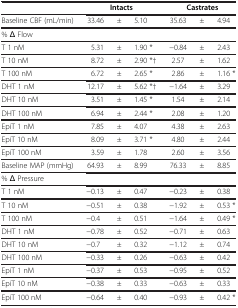
<table><thead><tr><td><b> </b></td><td colspan="3"><b>Intacts</b></td><td colspan="3"><b>Castrates</b></td></tr></thead><tbody><tr><td>Baseline CBF (mL/min)</td><td>33.46</td><td>±</td><td>5.10</td><td>35.63</td><td>±</td><td>4.94</td></tr><tr><td>% Δ Flow</td><td> </td><td> </td><td> </td><td> </td><td> </td><td> </td></tr><tr><td>T 1 nM</td><td>5.31</td><td>±</td><td>1.90 *</td><td>−0.84</td><td>±</td><td>2.43</td></tr><tr><td>T 10 nM</td><td>8.72</td><td>±</td><td>2.90 *†</td><td>2.57</td><td>±</td><td>1.62</td></tr><tr><td>T 100 nM</td><td>6.72</td><td>±</td><td>2.65 *</td><td>2.86</td><td>±</td><td>1.16 *</td></tr><tr><td>DHT 1 nM</td><td>12.17</td><td>±</td><td>5.62 *†</td><td>−1.64</td><td>±</td><td>3.29</td></tr><tr><td>DHT 10 nM</td><td>3.51</td><td>±</td><td>1.45 *</td><td>1.54</td><td>±</td><td>2.14</td></tr><tr><td>DHT 100 nM</td><td>6.94</td><td>±</td><td>2.44 *</td><td>2.08</td><td>±</td><td>1.20</td></tr><tr><td>EpiT 1 nM</td><td>7.85</td><td>±</td><td>4.07</td><td>4.38</td><td>±</td><td>2.63</td></tr><tr><td>EpiT 10 nM</td><td>8.09</td><td>±</td><td>3.71 *</td><td>4.80</td><td>±</td><td>2.44</td></tr><tr><td>EpiT 100 nM</td><td>3.59</td><td>±</td><td>1.78</td><td>2.60</td><td>±</td><td>3.56</td></tr><tr><td>Baseline MAP (mmHg)</td><td>64.93</td><td>±</td><td>8.99</td><td>76.33</td><td>±</td><td>8.85</td></tr><tr><td>% Δ Pressure</td><td> </td><td> </td><td> </td><td> </td><td> </td><td> </td></tr><tr><td>T 1 nM</td><td>−0.13</td><td>±</td><td>0.47</td><td>−0.23</td><td>±</td><td>0.38</td></tr><tr><td>T 10 nM</td><td>−0.51</td><td>±</td><td>0.38</td><td>−1.92</td><td>±</td><td>0.53 *</td></tr><tr><td>T 100 nM</td><td>−0.4</td><td>±</td><td>0.51</td><td>−1.64</td><td>±</td><td>0.49 *</td></tr><tr><td>DHT 1 nM</td><td>−0.78</td><td>±</td><td>0.52</td><td>−0.71</td><td>±</td><td>0.63</td></tr><tr><td>DHT 10 nM</td><td>−0.7</td><td>±</td><td>0.32</td><td>−1.12</td><td>±</td><td>0.74</td></tr><tr><td>DHT 100 nM</td><td>−0.33</td><td>±</td><td>0.26</td><td>−0.63</td><td>±</td><td>0.42</td></tr><tr><td>EpiT 1 nM</td><td>−0.37</td><td>±</td><td>0.53</td><td>−0.95</td><td>±</td><td>0.52</td></tr><tr><td>EpiT 10 nM</td><td>−0.38</td><td>±</td><td>0.33</td><td>−0.63</td><td>±</td><td>0.33</td></tr><tr><td>EpiT 100 nM</td><td>−0.64</td><td>±</td><td>0.40</td><td>−0.93</td><td>±</td><td>0.42 *</td></tr></tbody></table>